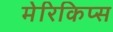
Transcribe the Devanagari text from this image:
मेरिकिप्स